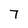
Character: 7